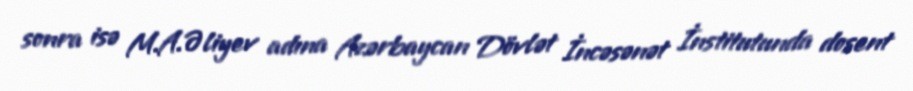
sonra isə M.A.Əliyev adına Azərbaycan Dövlət İncəsənət İnstitutunda dosent